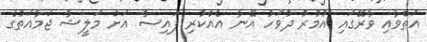
އަތްވާއި ވާރޭގައި އުމުރު ދުވަހު އޭނާ އެއްކުރި ފައިސާ އަށް މަލީޝާ ޖަމާއަތުގެ